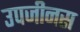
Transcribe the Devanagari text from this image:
उपजीनस